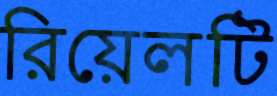
রিয়েলটি